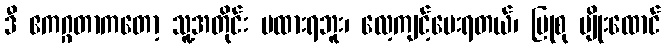
ဒီ ဧကဂ္ဂတာကတော့ သူ့အတိုင်း မထားရဘူး၊ လေ့ကျင့်ပေးရတယ်၊ ပြုစု ပျိုးထောင်